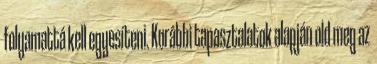
folyamattá kell egyesíteni. Korábbi tapasztalatok alapján old meg az